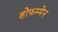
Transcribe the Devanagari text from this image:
होफम्मेन